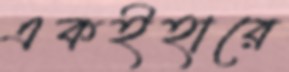
একইহারে